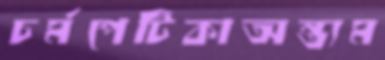
চর্মপেটিকাঅন্ত্যম